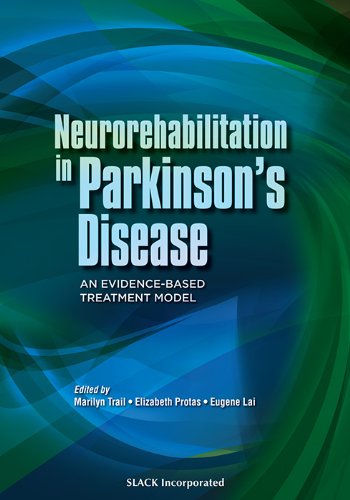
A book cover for Neurorehabilitation in Parkinson's Disease: An Evidence-Based Treatment Model; Marilyn Trail MOT  OTR  BCN; Health, Fitness & Dieting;